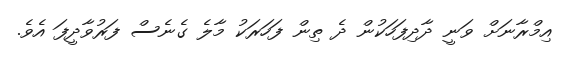
އިމްރާނަށް ވަނީ ދާދިފަހަކުން ދެ ތިން ފަހަރަކު މާލެ ގެނެސް ފަރުވާދީފަ އެވެ.